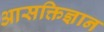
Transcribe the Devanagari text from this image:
आसक्तिज्ञान